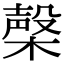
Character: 㯏